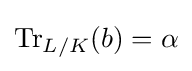
\operatorname {Tr} _{L/K}(b)=\alpha